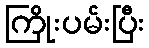
ကြိုးပမ်းပြီး